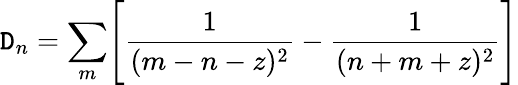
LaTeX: \mathtt{D}_{n}=\sum_{m}\Biggl[{\frac{{1}}{{(m-n-z)^{2}}}}-{\frac{{1}}{{(n+m+z)^{2}}}}\Biggr]